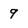
Character: 9